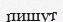
пишут